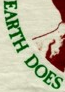
EARTH DOES